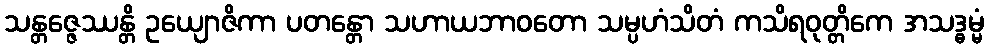
သန္တဇ္ဇေဿန္တိ ဥယျောဇိကာ ပတန္တော သဟာယဘာဝတော သမ္ပဟံသိတံ ကသိရဝုတ္တိကေ အသဒ္ဓမ္မံ